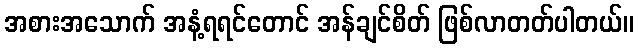
အစားအသောက် အနံ့ရရင်တောင် အန်ချင်စိတ် ဖြစ်လာတတ်ပါတယ်။